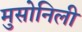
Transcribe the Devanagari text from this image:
मुसोनिली